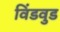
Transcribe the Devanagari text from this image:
विंडवुड